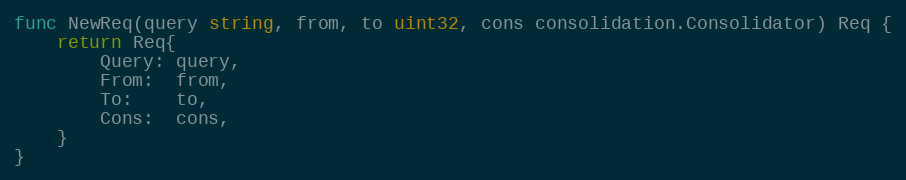
Language: Go
func NewReq(query string, from, to uint32, cons consolidation.Consolidator) Req {
	return Req{
		Query: query,
		From:  from,
		To:    to,
		Cons:  cons,
	}
}